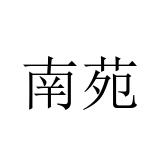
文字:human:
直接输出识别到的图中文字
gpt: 南苑